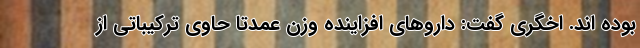
بوده اند. اخگری گفت: داروهای افزاینده وزن عمدتاً حاوی ترکیباتی از